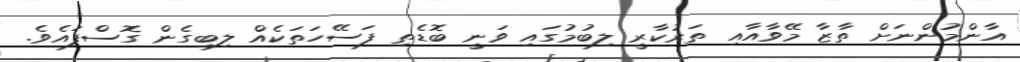
އާންމުންނަށް ތާޒާ މޭވާއާއި ތަރުކާރީ ލިބުމުގައި ވަނީ ބޮޑެތި ފަސޭހަތަކެއް ލިބިގެން ގޮސްފައެވެ.